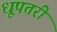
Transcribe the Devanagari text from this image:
धूपतरी